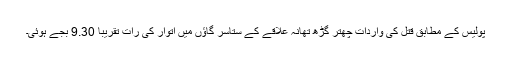
پولیس کے مطابق قتل کی واردات چھتر گڑھ تھانہ علاقے کے ستاسر گاؤں میں اتوار کی رات تقریبا 9.30 بجے ہوئی۔